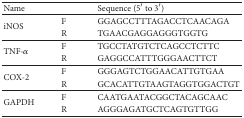
<table><thead><tr><td><b>Name</b></td><td><b> </b></td><td><b>Sequence (5′ to 3′)</b></td></tr></thead><tbody><tr><td rowspan="2">iNOS </td><td>F</td><td>GGAGCCTTTAGACCTCAACAGA</td></tr><tr><td>R</td><td>TGAACGAGGAGGGTGGTG</td></tr><tr><td rowspan="2">TNF-<i>α</i></td><td>F</td><td>TGCCTATGTCTCAGCCTCTTC</td></tr><tr><td>R</td><td>GAGGCCATTTGGGAACTTCT</td></tr><tr><td rowspan="2">COX-2 </td><td>F</td><td>GGGAGTCTGGAACATTGTGAA</td></tr><tr><td>R</td><td>GCACATTGTAAGTAGGTGGACTGT</td></tr><tr><td rowspan="2">GAPDH </td><td>F</td><td>CAATGAATACGGCTACAGCAAC</td></tr><tr><td>R</td><td>AGGGAGATGCTCAGTGTTGG</td></tr></tbody></table>